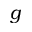
g